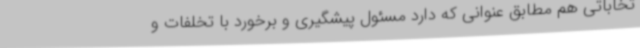
تخاباتی هم مطابق عنوانی که دارد مسئول پیشگیری و برخورد با تخلفات و